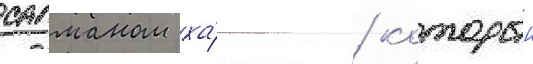
салманом ха́ном / которыи